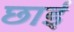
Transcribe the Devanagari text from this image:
छाईं